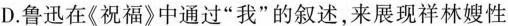
D.鲁迅在《祝福》中通过“我”的叙述,来展现祥林嫂性